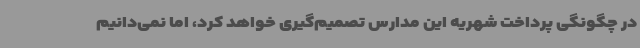
در چگونگی پرداخت شهریه این مدارس تصمیم‌گیری خواهد کرد، اما نمی‌دانیم